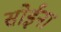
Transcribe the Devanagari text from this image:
सोईना